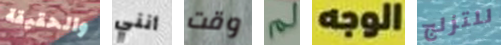
والحقيقة أنني وقت لم الوجه للتزلج